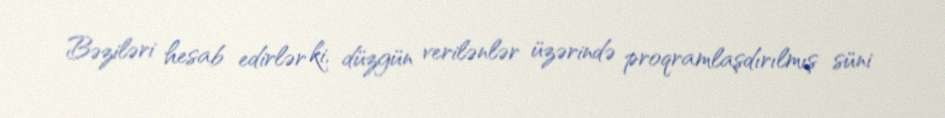
Bəziləri hesab edirlər ki, düzgün verilənlər üzərində proqramlaşdırılmış süni